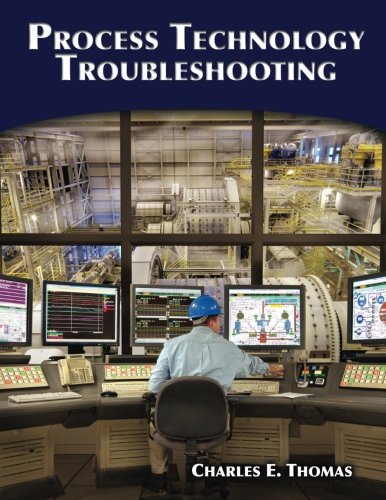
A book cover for Process Technology Troubleshooting; Charles E. Thomas; Engineering & Transportation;